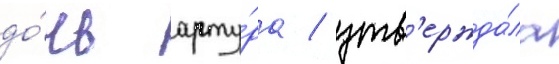
до́чь арту́ра / утв'ержда́ла